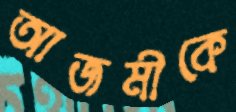
আজমীকে